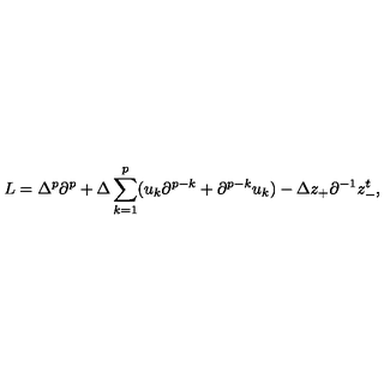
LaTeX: L = \Delta ^ { p } \partial ^ { p } + \Delta \sum _ { k = 1 } ^ { p } ( u _ { k } \partial ^ { p - k } + \partial ^ { p - k } u _ { k } ) - \Delta z _ { + } \partial ^ { - 1 } z _ { - } ^ { t } ,